Civil Veterinary Department. United Provinces 1932-42 - 1932-1942
Year: 1932
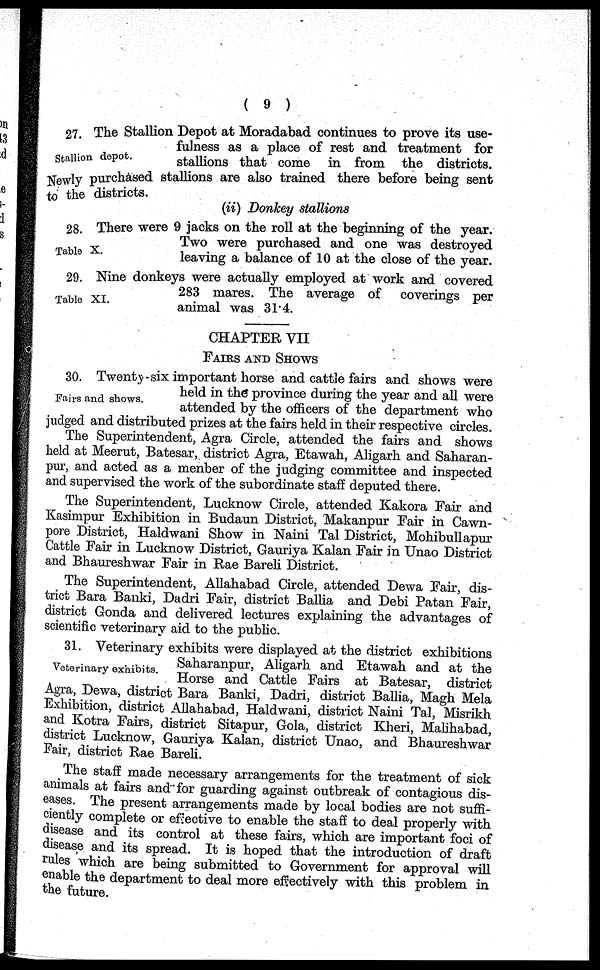
( 9 )
Stallion depot.
27. The Stallion Depot at Moradabad continues to prove its use-
fulness as a place of rest and treatment for
stallions that come in from the districts.
Newly purchased stallions are also trained there before being sent
to the districts.
(ii) Donkey stallions
Table X.
28. There were 9 jacks on the roll at the beginning of the year.
Two were purchased and one was destroyed
leaving a balance of 10 at the close of the year.
Table XI.
29. Nine donkeys were actually employed at work and covered
283 mares. The average of
coverings per
animal was 31.4.
CHAPTER VII
FAIRS AND SHOWS
Fairs and shows.
30. Twenty-six important horse and cattle fairs and shows were
held in the province during the year and all were
attended by the officers of the department who
judged and distributed prizes at the fairs held in their respective circles.
The Superintendent, Agra Circle, attended the fairs and shows
held at Meerut, Batesar, district Agra, Etawah, Aligarh and Saharan-
pur, and acted as a menber of the judging committee and inspected
and supervised the work of the subordinate staff deputed there.
The Superintendent, Lucknow Circle, attended Kakora Fair and
Kasimpur Exhibition in Budaun District, Makanpur Fair in Cawn-
pore District, Haldwani Show in Naini Tal District, Mohibullapur
Cattle Fair in Lucknow District, Gauriya Kalan Fair in Unao District
and Bhaureshwar Fair in Rae Bareli District.
The Superintendent, Allahabad Circle, attended Dewa Fair, dis-
trict Bara Banki, Dadri Fair, district Ballia and Debi Patan Fair,
district Gonda and delivered lectures explaining the advantages of
scientific veterinary aid to the public.
Veterinary exhibits.
31. Veterinary exhibits were displayed at the district exhibitions
Saharanpur, Aligarh and Etawah and at the
Horse and Cattle Fairs at Batesar, district
Agra, Dewa, district Bara Banki, Dadri, district Ballia, Magh Mela
Exhibition, district Allahabad, Haldwani, district Naini Tal, Misrikh
and Kotra Fairs, district Sitapur, Gola, district Kheri, Malihabad,
district Lucknow, Gauriya Kalan, district Unao, and Bhaureshwar
Fair, district Rae Bareli.
The staff made necessary arrangements for the treatment of sick
animals at fairs and for guarding against outbreak of contagious dis-
eases. The present arrangements made by local bodies are not suffi-
ciently complete or effective to enable the staff to deal properly with
disease and its control at these fairs, which are important foci of
disease and its spread. It is hoped that the introduction of draft
rules which are being submitted to Government for approval will
enable the department to deal more effectively with this problem in
the future.